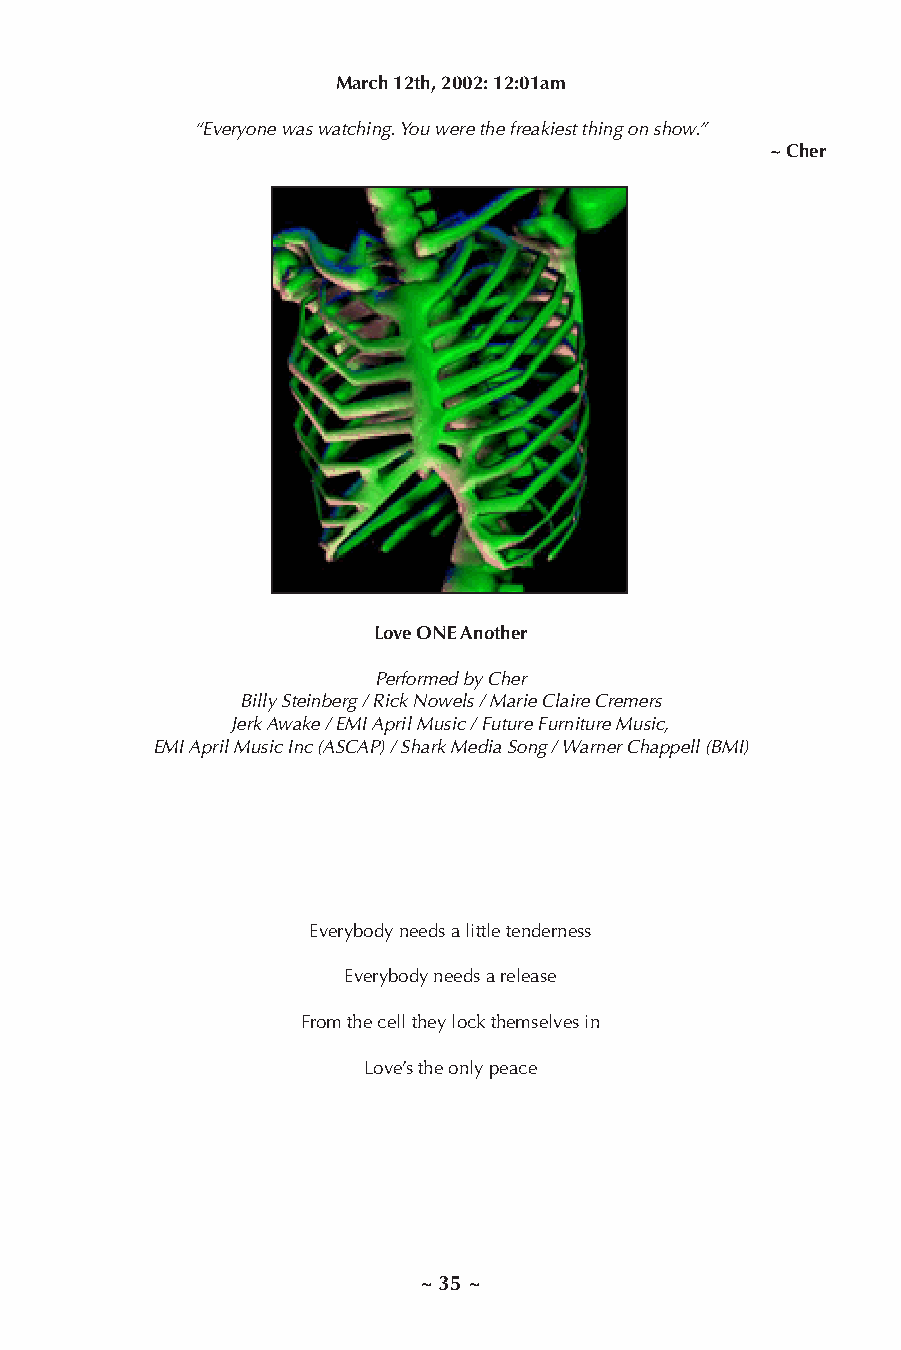
March 12th, 2002: 12:01am
 “Everyone was watching. You were the freakiest thing on show.”
 ~ Cher
 Love ONE Another
 Performed by Cher
 Billy Steinberg / Rick Nowels / Marie Claire Cremers
 Jerk Awake / EMI April Music / Future Furniture Music,
 EMI April Music Inc (ASCAP) / Shark Media Song / Warner Chappell (BMI)
 Everybody needs a little tenderness
 Everybody needs a release
 From the cell they lock themselves in
 Love’s the only peace
 ~ 35 ~